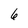
Character: 6